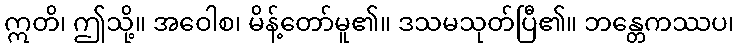
ဣတိ၊ ဤသို့။ အဝေါစ၊ မိန့်တော်မူ၏။ ဒသမသုတ်ပြီ၏။ ဘန္တေကဿပ၊